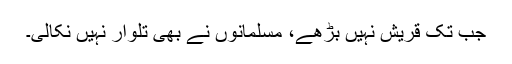
جب تک قریش نہیں بڑھے، مسلمانوں نے بھی تلوار نہیں نکالی۔